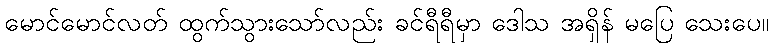
မောင်မောင်လတ် ထွက်သွားသော်လည်း ခင်ရီရီမှာ ဒေါသ အရှိန် မပြေ သေးပေ။